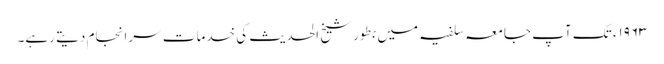
۱۹۶۳ء تک آپ جامعہ سلفیہ میں بطور شیخ الحدیث کی خدمات سرانجام دیتے رہے۔